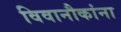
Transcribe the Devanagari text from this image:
विवानौकांना